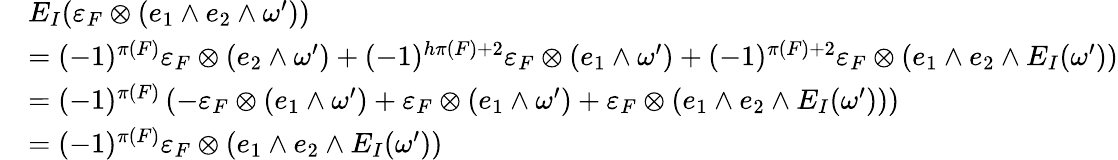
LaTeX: \begin{array}{rl}&{E_{I}(\varepsilon_{F}\otimes(e_{1}\wedge e_{2}\wedge\omega^{\prime}))}\\ &{=(-1)^{\pi(F)}\varepsilon_{F}\otimes(e_{2}\wedge\omega^{\prime})+(-1)^{h\pi(F)+2}\varepsilon_{F}\otimes(e_{1}\wedge\omega^{\prime})+(-1)^{\pi(F)+2}\varepsilon_{F}\otimes(e_{1}\wedge e_{2}\wedge E_{I}(\omega^{\prime}))}\\ &{=(-1)^{\pi(F)}\left(-\varepsilon_{F}\otimes(e_{1}\wedge\omega^{\prime})+\varepsilon_{F}\otimes(e_{1}\wedge\omega^{\prime})+\varepsilon_{F}\otimes(e_{1}\wedge e_{2}\wedge E_{I}(\omega^{\prime}))\right)}\\ &{=(-1)^{\pi(F)}\varepsilon_{F}\otimes(e_{1}\wedge e_{2}\wedge E_{I}(\omega^{\prime}))}\end{array}